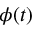
\phi ( t )